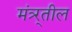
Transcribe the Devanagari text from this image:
मंत्र्र्तील